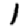
Digit: 1